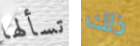
تسألها ذلك